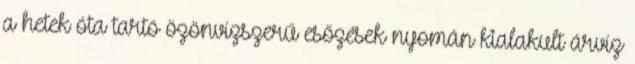
a hetek óta tartó özönvízszerű esőzések nyomán kialakult árvíz